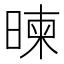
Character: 暕